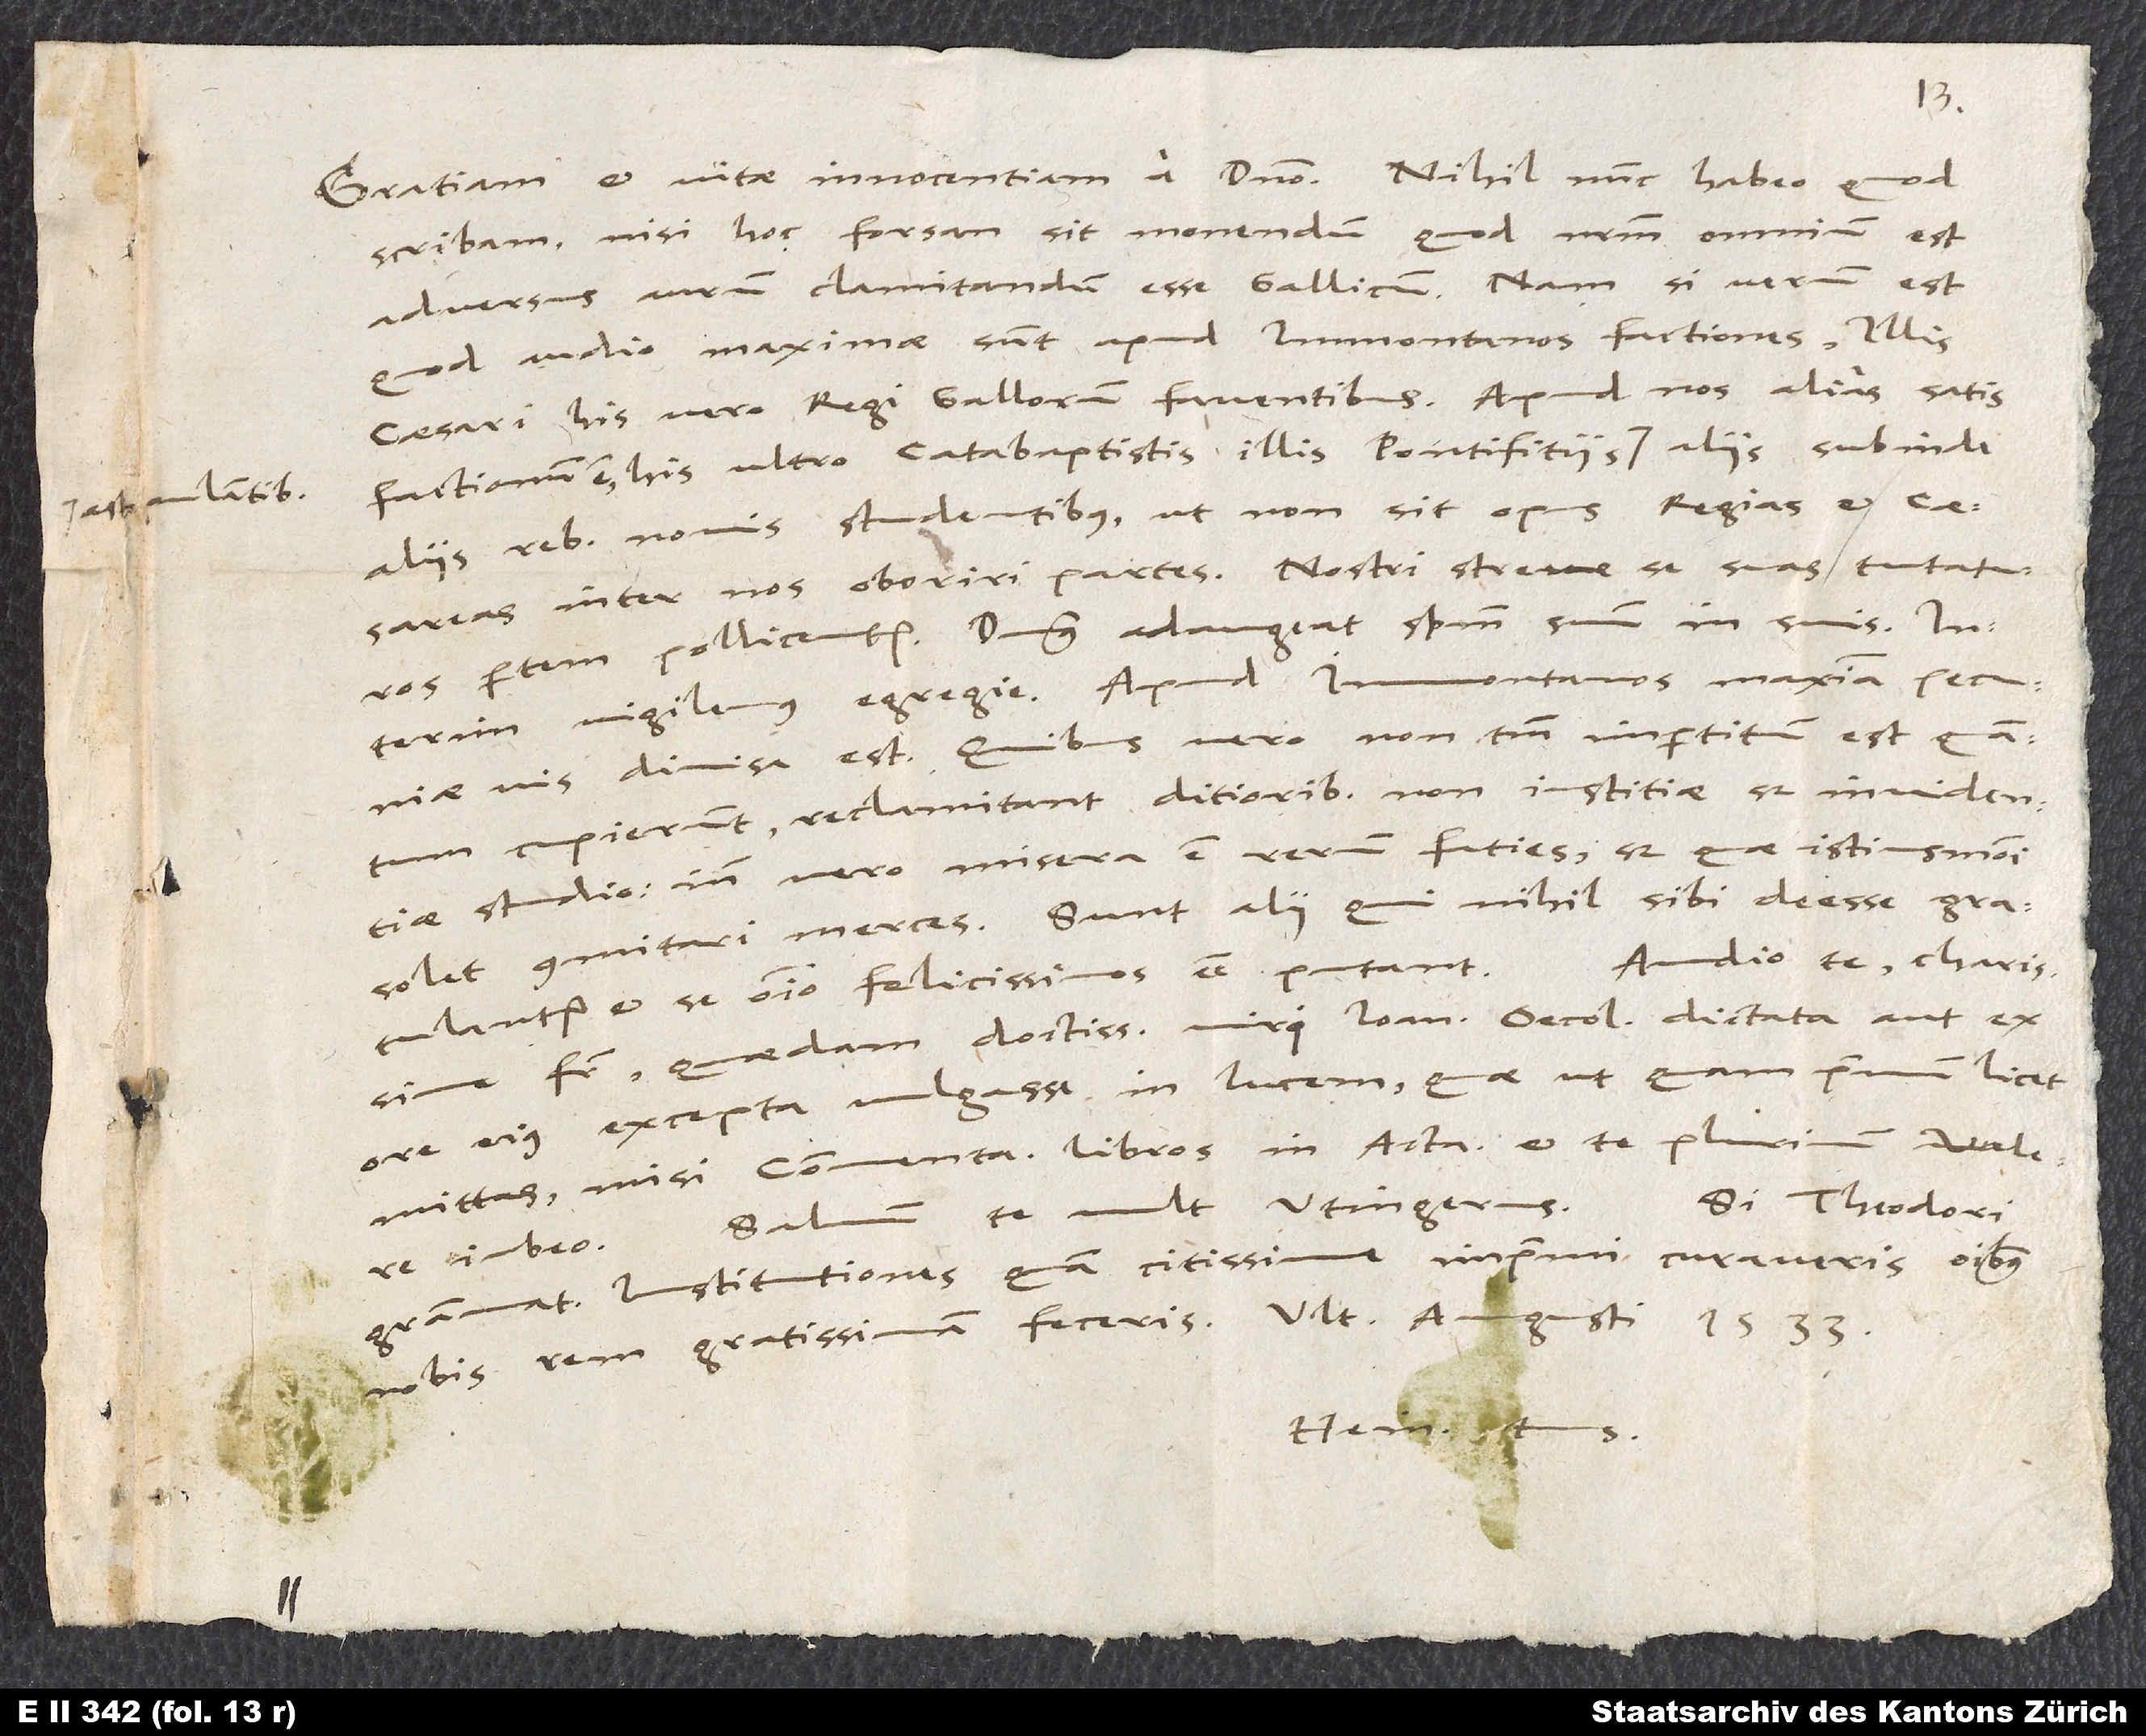
scribam, nisi hoc forsan sit monendum, quod nostrum omnium est,
adversus aurum clamitandum esse Gallicum. Nam si verum est,
quod audio, maximae sunt apud Immontanos factiones illis
caesari, his vero regi Gallorum faventibus. Apud nos alias satis
factionum est his ultro catabaptistis, illis pontificiis pulantibus, aliis subinde
regias et cesareas
aliis rebus novis studentibus, ut non sit opus
inter nos oboriri partes. Nostri strenue se suas tutaturos
partem pollicentur. Dominus adaugeat spiritum suum in suis. Interim
vigilemus egregie. Apud Immontanos maxima pecuniae
vis divisa est. Quibus vero non tantum impertitum est, quantum
cupierunt, reclamitant ditioribus non iustitiae, sed invidentiae
studio. Inde vero misera est rerum faties, sed quae istiusmodi
solet comitari merces. Sunt alii, qui nihil sibi deesse gratulantur
Audio te, charissime
et se omnino felicissimos esse putant.
frater, quaedam doctissimi viri Ioannis Oecolampadii dictata aut ex
ore eius excepta vulgasse in lucem, quae ut quam primum licet,
mittas. Misi «Commentariorum libros in Acta» et te plurimum valere
Salvum te vult Utingerus. Si Theodori
iubeo.
Grammat institutiones quam citissime imprimi curaveris, omnibus